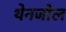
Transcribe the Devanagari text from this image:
थेनजोल